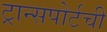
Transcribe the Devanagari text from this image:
ट्रान्सपोर्टची